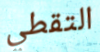
التقطي